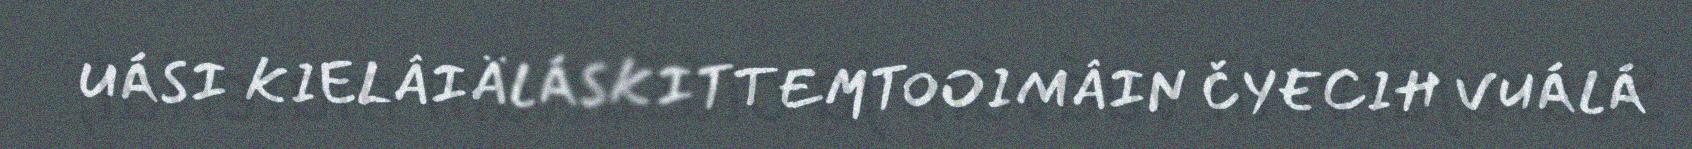
UÁSI KIELÂIÄLÁSKITTEMTOOIMÂIN ČYECIH VUÁLÁ